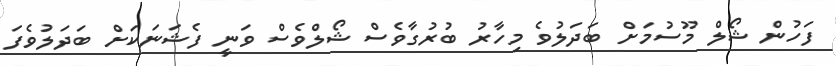
ފަހުން ޝޯލް މޫސުމަށް ބަދަލުވެ މިހާރު ބުރުގާވެސް ޝޯލްވެސް ވަނީ ފެޝަނަކަށް ބަދަލުވެފަ